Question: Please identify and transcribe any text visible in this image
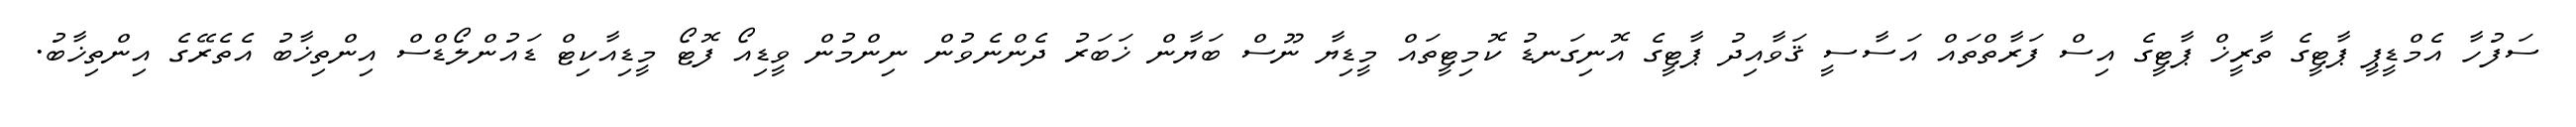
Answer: ސަފުހާ އެމްޑީޕީ ޕާޓީގެ ތާރީޚް ޕާޓީގެ އިސް ފަރާތްތައް އަސާސީ ޤަވާއިދު ޕާޓީގެ އޮނިގަނޑު ކޮމިޓީތައް މީޑިޔާ ނޫސް ބަޔާން ޚަބަރު ދެންނެވުން ނިންމުން ވީޑިއޯ ފޮޓޯ މީޑިއާކިޓް ޑައުންލޯޑްސް އިންތިޚާބު އެތެރޭގެ އިންތިޚާބު.